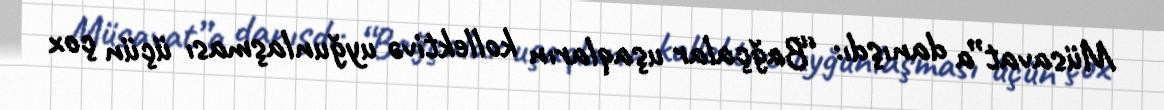
Müsavat”a danışdı: “Bağçalar uşaqların kollektivə uyğunlaşması üçün çox